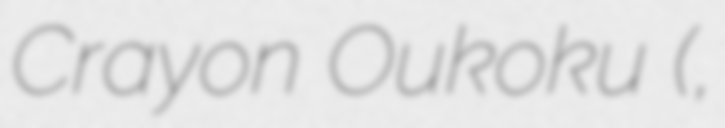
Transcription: Crayon Oukoku (夢のクレヨン王国,